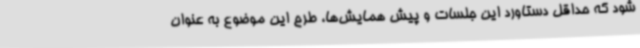
شود که حداقل دستاورد این جلسات و پیش همایش‌ها، طرح این موضوع به عنوان